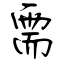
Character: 需